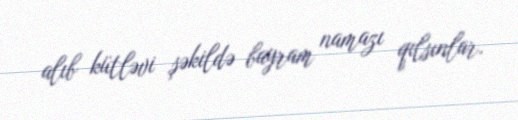
alıb kütləvi şəkildə bayram namazı qılsınlar.